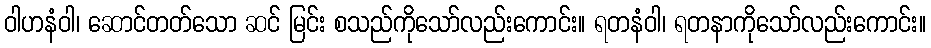
ဝါဟနံဝါ၊ ဆောင်တတ်သော ဆင် မြင်း စသည်ကိုသော်လည်းကောင်း။ ရတနံဝါ၊ ရတနာကိုသော်လည်းကောင်း။